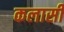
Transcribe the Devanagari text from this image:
कलासी